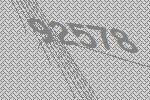
92578